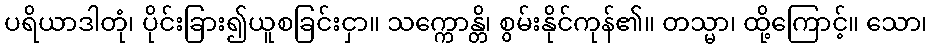
ပရိယာဒါတုံ၊ ပိုင်းခြား၍ယူစခြင်းငှာ။ သက္ကောန္တိ၊ စွမ်းနိုင်ကုန်၏။ တသ္မာ၊ ထို့ကြောင့်။ သော၊